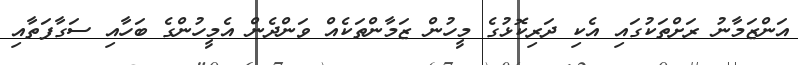
އަންޒަމާނު ރަށްތަކުގައި އެކި ދަރިކޮޅުގެ މީހުން ޒަމާންތަކެއް ވަންދެން އެމީހުންގެ ބަހާއި ސަގާފަތާއި